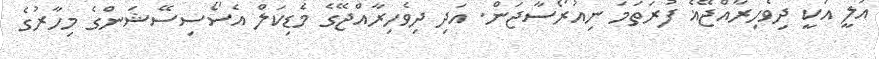
އަލީ އަކީ ދިވެހިރާއްޖޭޣެ ފުރަތަމަ ނިއުރޯސާޖަން. އަދި ދިވެހިރާއްޖޭގެ މެޑިކަލް އެސޯސިސޭޝަންގެ މިހާރުގެ